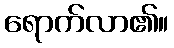
ရောက်လာ၏။